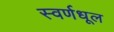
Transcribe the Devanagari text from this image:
स्वर्णधूल